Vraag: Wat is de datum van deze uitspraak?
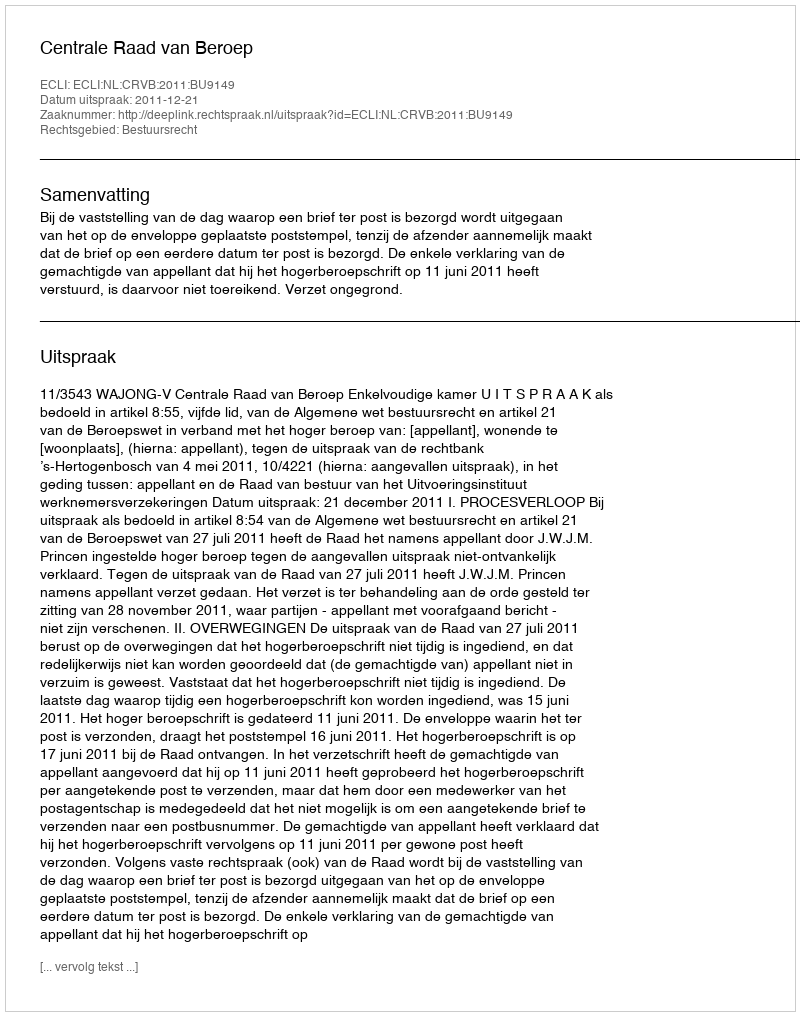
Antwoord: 2011-12-21